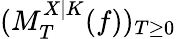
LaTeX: (M_{T}^{X|K}(f))_{T\geq 0}